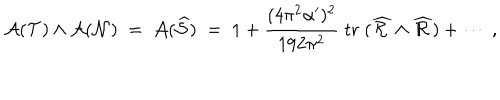
LaTeX: { { \cal A } } ( { \cal T } ) \wedge { { \cal A } } ( { \cal N } ) \; = \; { { \cal A } } ( { \widehat { \cal S } } ) \; = \; 1 + { \frac { ( 4 \pi ^ { 2 } \alpha ^ { \prime } ) ^ { 2 } } { 1 9 2 \pi ^ { 2 } } } \; \mathrm { t r } \; ( { \widehat { \cal R } } \wedge { \widehat { \cal R } } ) + \cdots \ ,